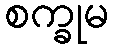
စက္ခုမ